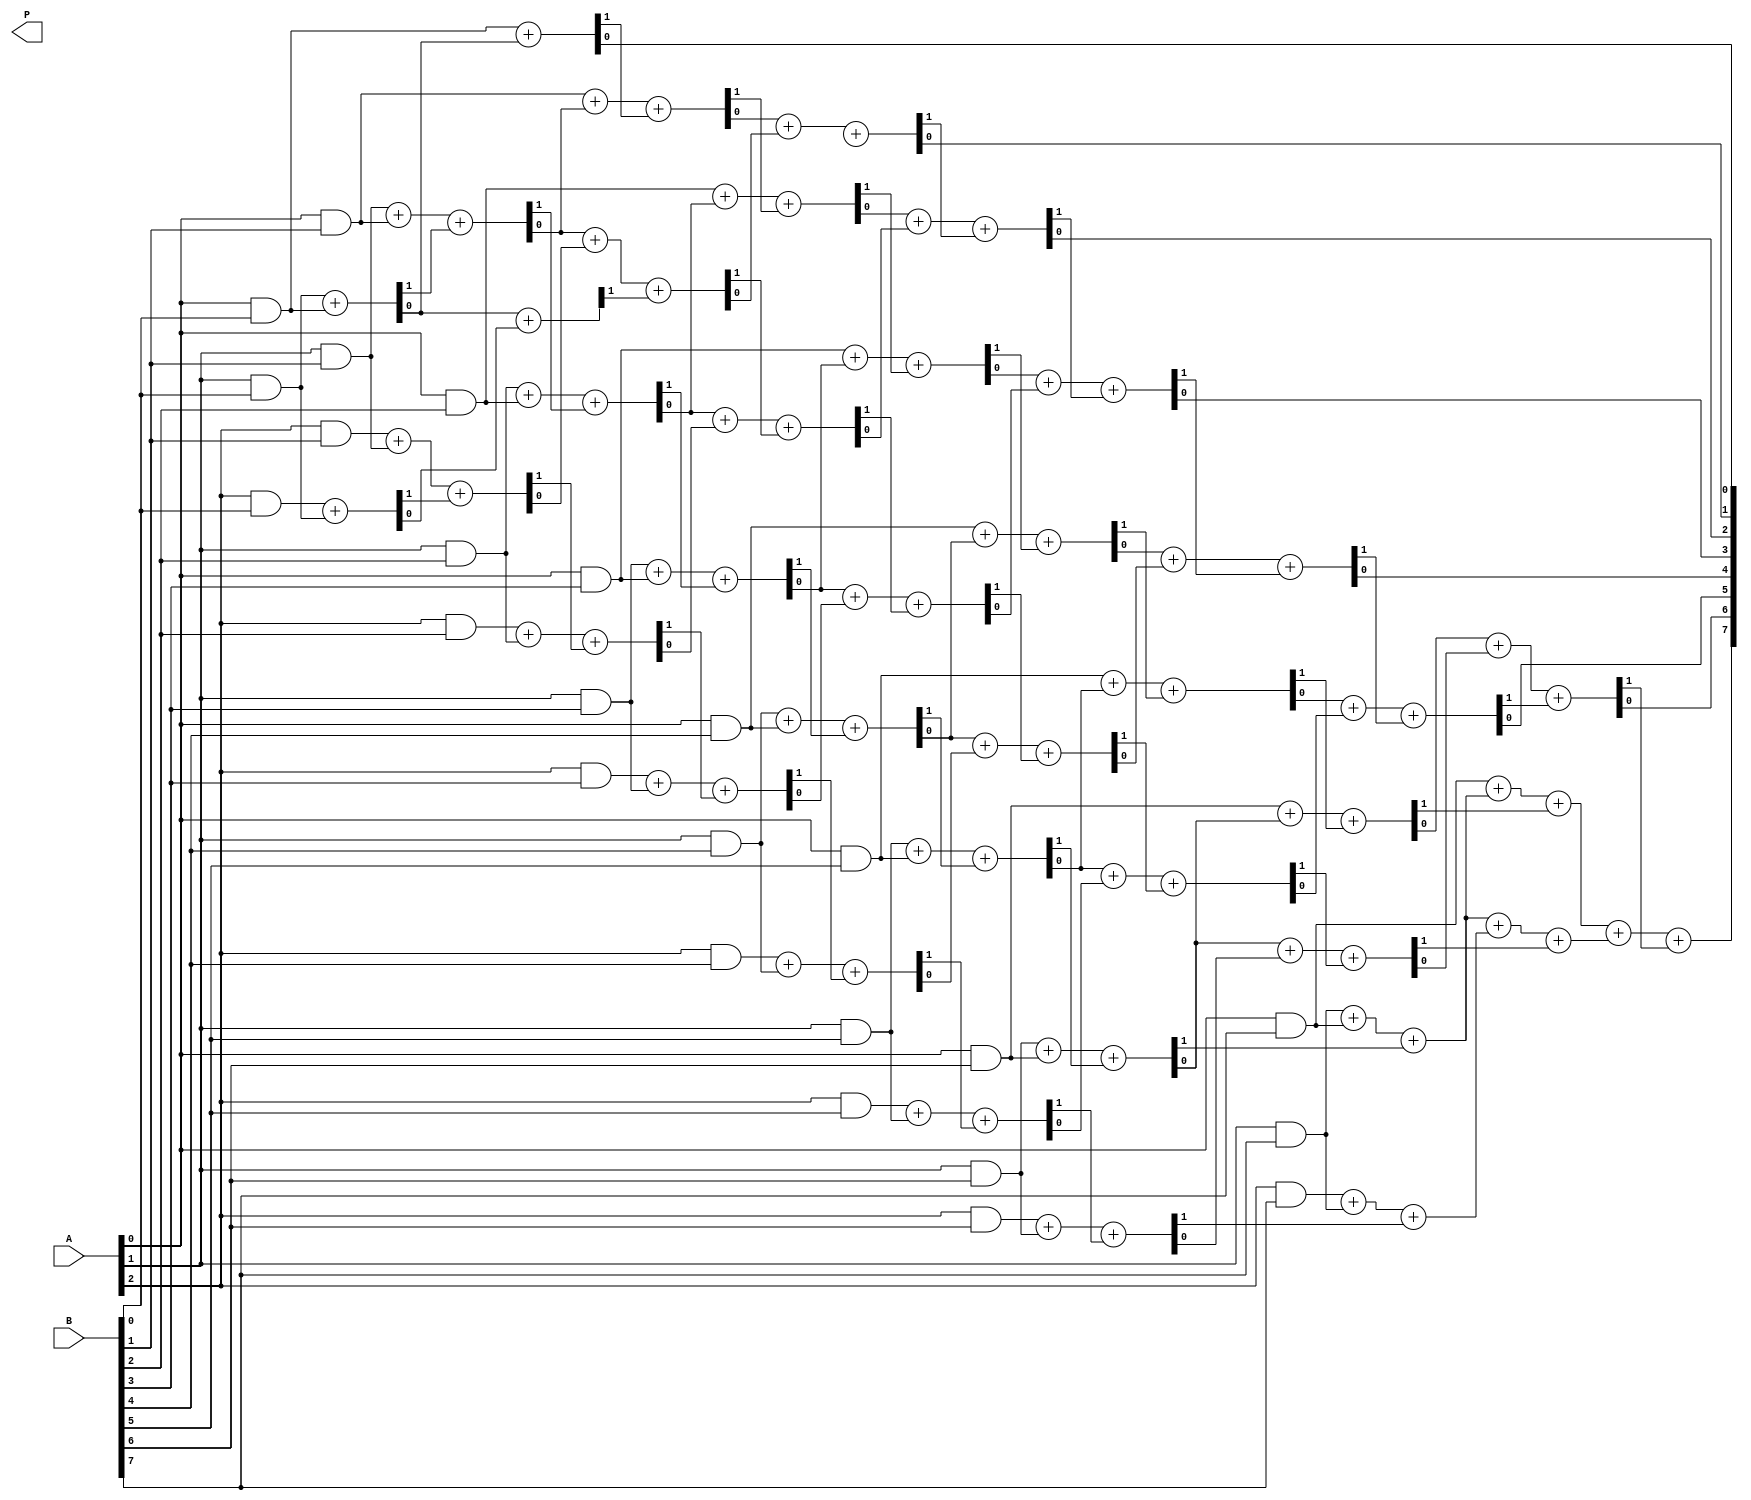
module wallace_tree_multiplier #(parameter N = 8) (
    input [N-1:0] A,
    input [N-1:0] B,
    output [2*N-1:0] P
);

    wire [N-1:0] partial_products[N-1:0];
    wire [2*N-1:0] sum_stage1 [N-1:0];
    wire [2*N-1:0] carry_stage1 [N-1:0];
    wire [N-1:0] sum_stage2 [N-1:0];
    wire [N-1:0] carry_stage2 [N-1:0];

    // Generate partial products
    genvar i, j;
    generate
        for (i = 0; i < N; i = i + 1) begin : pp_gen
            for (j = 0; j < N; j = j + 1) begin : pp_and
                assign partial_products[i][j] = A[i] & B[j];
            end
        end
    endgenerate

    // Stage 1: First level of reduction using half adders and full adders
    generate
        for (i = 0; i < N; i = i + 1) begin : stage1
            if (i == 0) begin
                // First row of partial products
                assign sum_stage1[i] = {1'b0, partial_products[i]}; // Extend to 2N bits
                assign carry_stage1[i] = {1'b0, 1'b0};
            end else begin
                // Combine using half adders and full adders
                wire [N-1:0] pp1 = partial_products[i];
                wire [N-1:0] pp2 = (i < N) ? partial_products[i-1] : 0;

                // Half adders for the first two bits
                assign {carry_stage1[i][0], sum_stage1[i][0]} = pp1[0] + pp2[0];

                // Full adders for remaining bits
                for (j = 1; j < N; j = j + 1) begin
                    assign {carry_stage1[i][j], sum_stage1[i][j]} = pp1[j] + pp2[j] + carry_stage1[i][j-1];
                end
            end
        end
    endgenerate

    // Stage 2: Second level of reduction
    generate
        for (i = 0; i < N; i = i + 1) begin : stage2
            if (i < N-1) begin
                // Combine results from stage 1
                assign {carry_stage2[i][0], sum_stage2[i][0]} = sum_stage1[i][0] + sum_stage1[i+1][0];
                for (j = 1; j < N; j = j + 1) begin
                    assign {carry_stage2[i][j], sum_stage2[i][j]} = sum_stage1[i][j] + sum_stage1[i+1][j] + carry_stage2[i][j-1];
                end
            end else begin
                assign sum_stage2[i] = sum_stage1[i];
            end
        end
    endgenerate

    // Final addition stage to produce the final product
    wire [2*N-1:0] final_sum;
    wire [2*N-1:0] final_carry;
    assign final_sum[0] = sum_stage2[0][0];

    for (j = 1; j < 2*N; j = j + 1) begin
        assign {final_carry[j], final_sum[j]} = sum_stage2[0][j] + sum_stage2[1][j] + final_carry[j-1];
    end

    assign P = final_sum;

endmodule